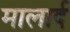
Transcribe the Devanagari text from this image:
मालार्द